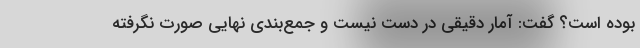
بوده است؟ گفت: آمار دقیقی در دست نیست و جمع‌بندی نهایی صورت نگرفته